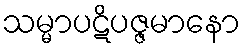
သမ္မာပဋိပဇ္ဇမာနော